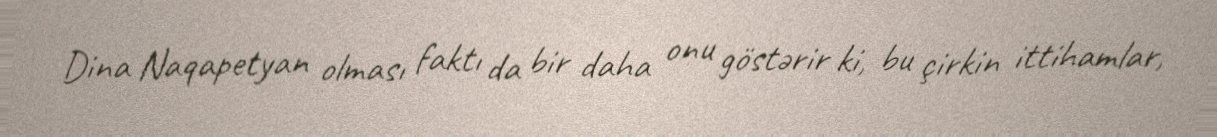
Dina Naqapetyan olması faktı da bir daha onu göstərir ki, bu çirkin ittihamlar,